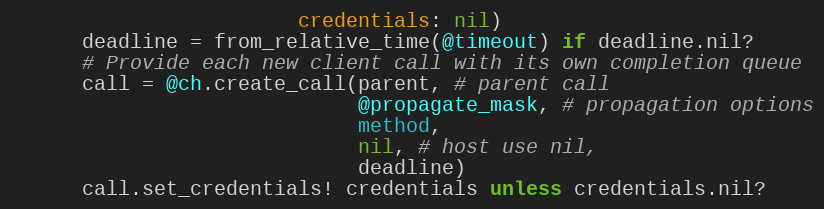
Language: Ruby
                        credentials: nil)
      deadline = from_relative_time(@timeout) if deadline.nil?
      # Provide each new client call with its own completion queue
      call = @ch.create_call(parent, # parent call
                             @propagate_mask, # propagation options
                             method,
                             nil, # host use nil,
                             deadline)
      call.set_credentials! credentials unless credentials.nil?